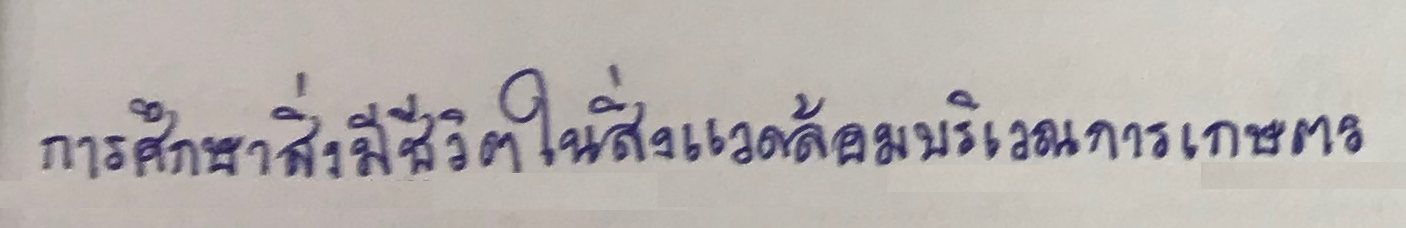
การศึกษาสิ่งมีชีวิตมรสิ่งแวดล้อมบริเวณการเกษตร